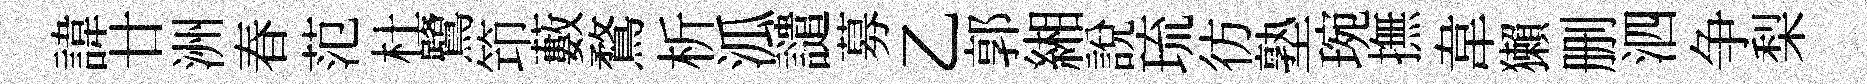
諱廿洲春范杜鷺笻藪鶩析泒譴募乙郭緗説琉彷塾琬撫韋獺删泗争梨